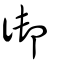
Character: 御